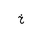
Letter: _kha